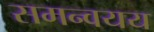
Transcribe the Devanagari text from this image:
समन्वयय